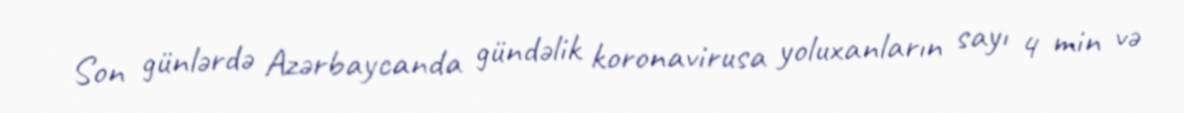
Son günlərdə Azərbaycanda gündəlik koronavirusa yoluxanların sayı 4 min və